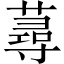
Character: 蕁